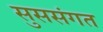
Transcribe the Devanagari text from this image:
सुससंगत